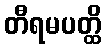
တီရမပတ္ထိ